Lunatic asylums Punjab 1868-1880 - 1868-1880
Year: 1868
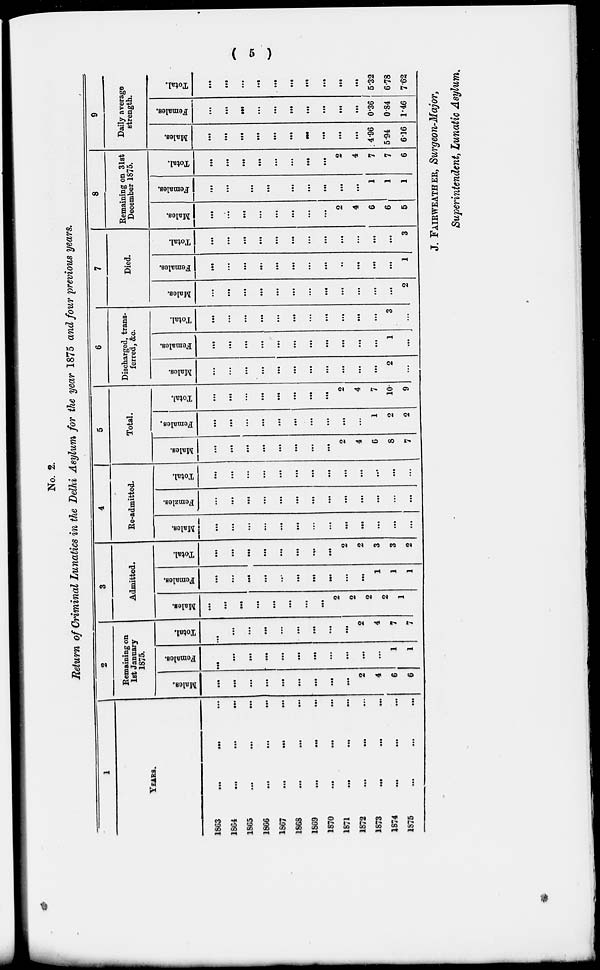
( 5 )
No. 2.
Return of Criminal Lunatics in the Delhi Asylum for the year 1875 and four previous years.
1
YEARS.
1863
...
...
...
1864 ... ... ...
1865
...
...
...
1866 ... ... ...
1867 ... ... ...
1868 ... ... ...
1869
...
...
...
1870
...
...
...
1871 ... ... ...
1872
...
...
...
1873
...
...
...
1874 ... ... ...
1875
...
...
...
2
Remaining on
1st January
1875.
Mal es .
...
...
...
...
...
...
...
...
...
2
4
6
6
Females.
...
...
...
...
...
...
...
...
...
...
...
1
1
Total.
...
...
...
...
...
...
...
...
...
2
4
7
7
3
Admitted.
Males.
...
...
...
...
...
...
...
...
2
2
2
2 1
Females.
...
...
...
...
...
...
...
...
...
...
1
1
1
Total.
...
...
...
...
...
...
...
...
2
2
3
3
2
4
Re-admitted.
Males.
...
...
...
...
...
...
...
...
...
...
...
...
...
Females.
...
...
...
...
...
...
...
...
...
...
...
...
...
Total.
...
...
...
...
...
...
...
...
...
...
...
...
...
5
Total.
Males.
...
...
...
...
...
...
...
...
2
4
6
8
7
Females.
...
...
...
...
...
...
...
...
...
...
1
2
2
Total.
...
...
...
...
...
...
...
...
2
4
7
10
9
6
Discharged, trans-
ferred, &c.
Males.
...
...
...
...
...
...
...
...
...
...
...
2
...
Females.
...
...
...
...
...
...
...
...
...
...
...
1
...
Total.
...
...
...
...
...
...
...
...
...
...
...
3
...
7
Died.
Males.
...
...
...
...
...
...
...
...
...
...
...
...
2
Females.
...
...
...
...
...
...
...
...
...
...
...
...
1
Total.
...
...
...
...
...
...
...
...
...
...
...
...
3
8
Remaining on 31st
December 1875.
Males.
...
...
...
...
...
...
...
...
2
4
6
6
5
Females.
...
...
...
...
...
...
...
...
...
...
1
1
1
Total.
...
...
...
...
...
...
...
...
2
4
7
7
6
9
Daily average
strength.
Males.
...
...
...
...
...
...
...
...
...
...
4.96
5.94
6.16
Females.
...
...
...
...
...
...
...
...
...
...
0.36
0.84
1.46
Total.
...
...
...
...
...
...
...
...
...
...
5.32
6.78
7.62
J. FAIRWEATHER, Surgeon-Major,
Superintendent, Lunatic Asylum.